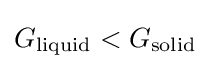
G_{\text{liquid}}<G_{\text{solid}}